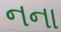
નના